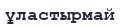
ұластырмай